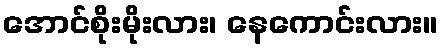
အောင်စိုးမိုးလား၊ နေကောင်းလား။